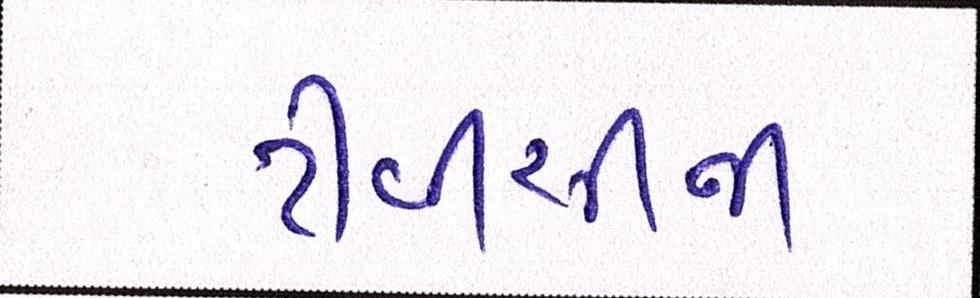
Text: ટીવીસીની